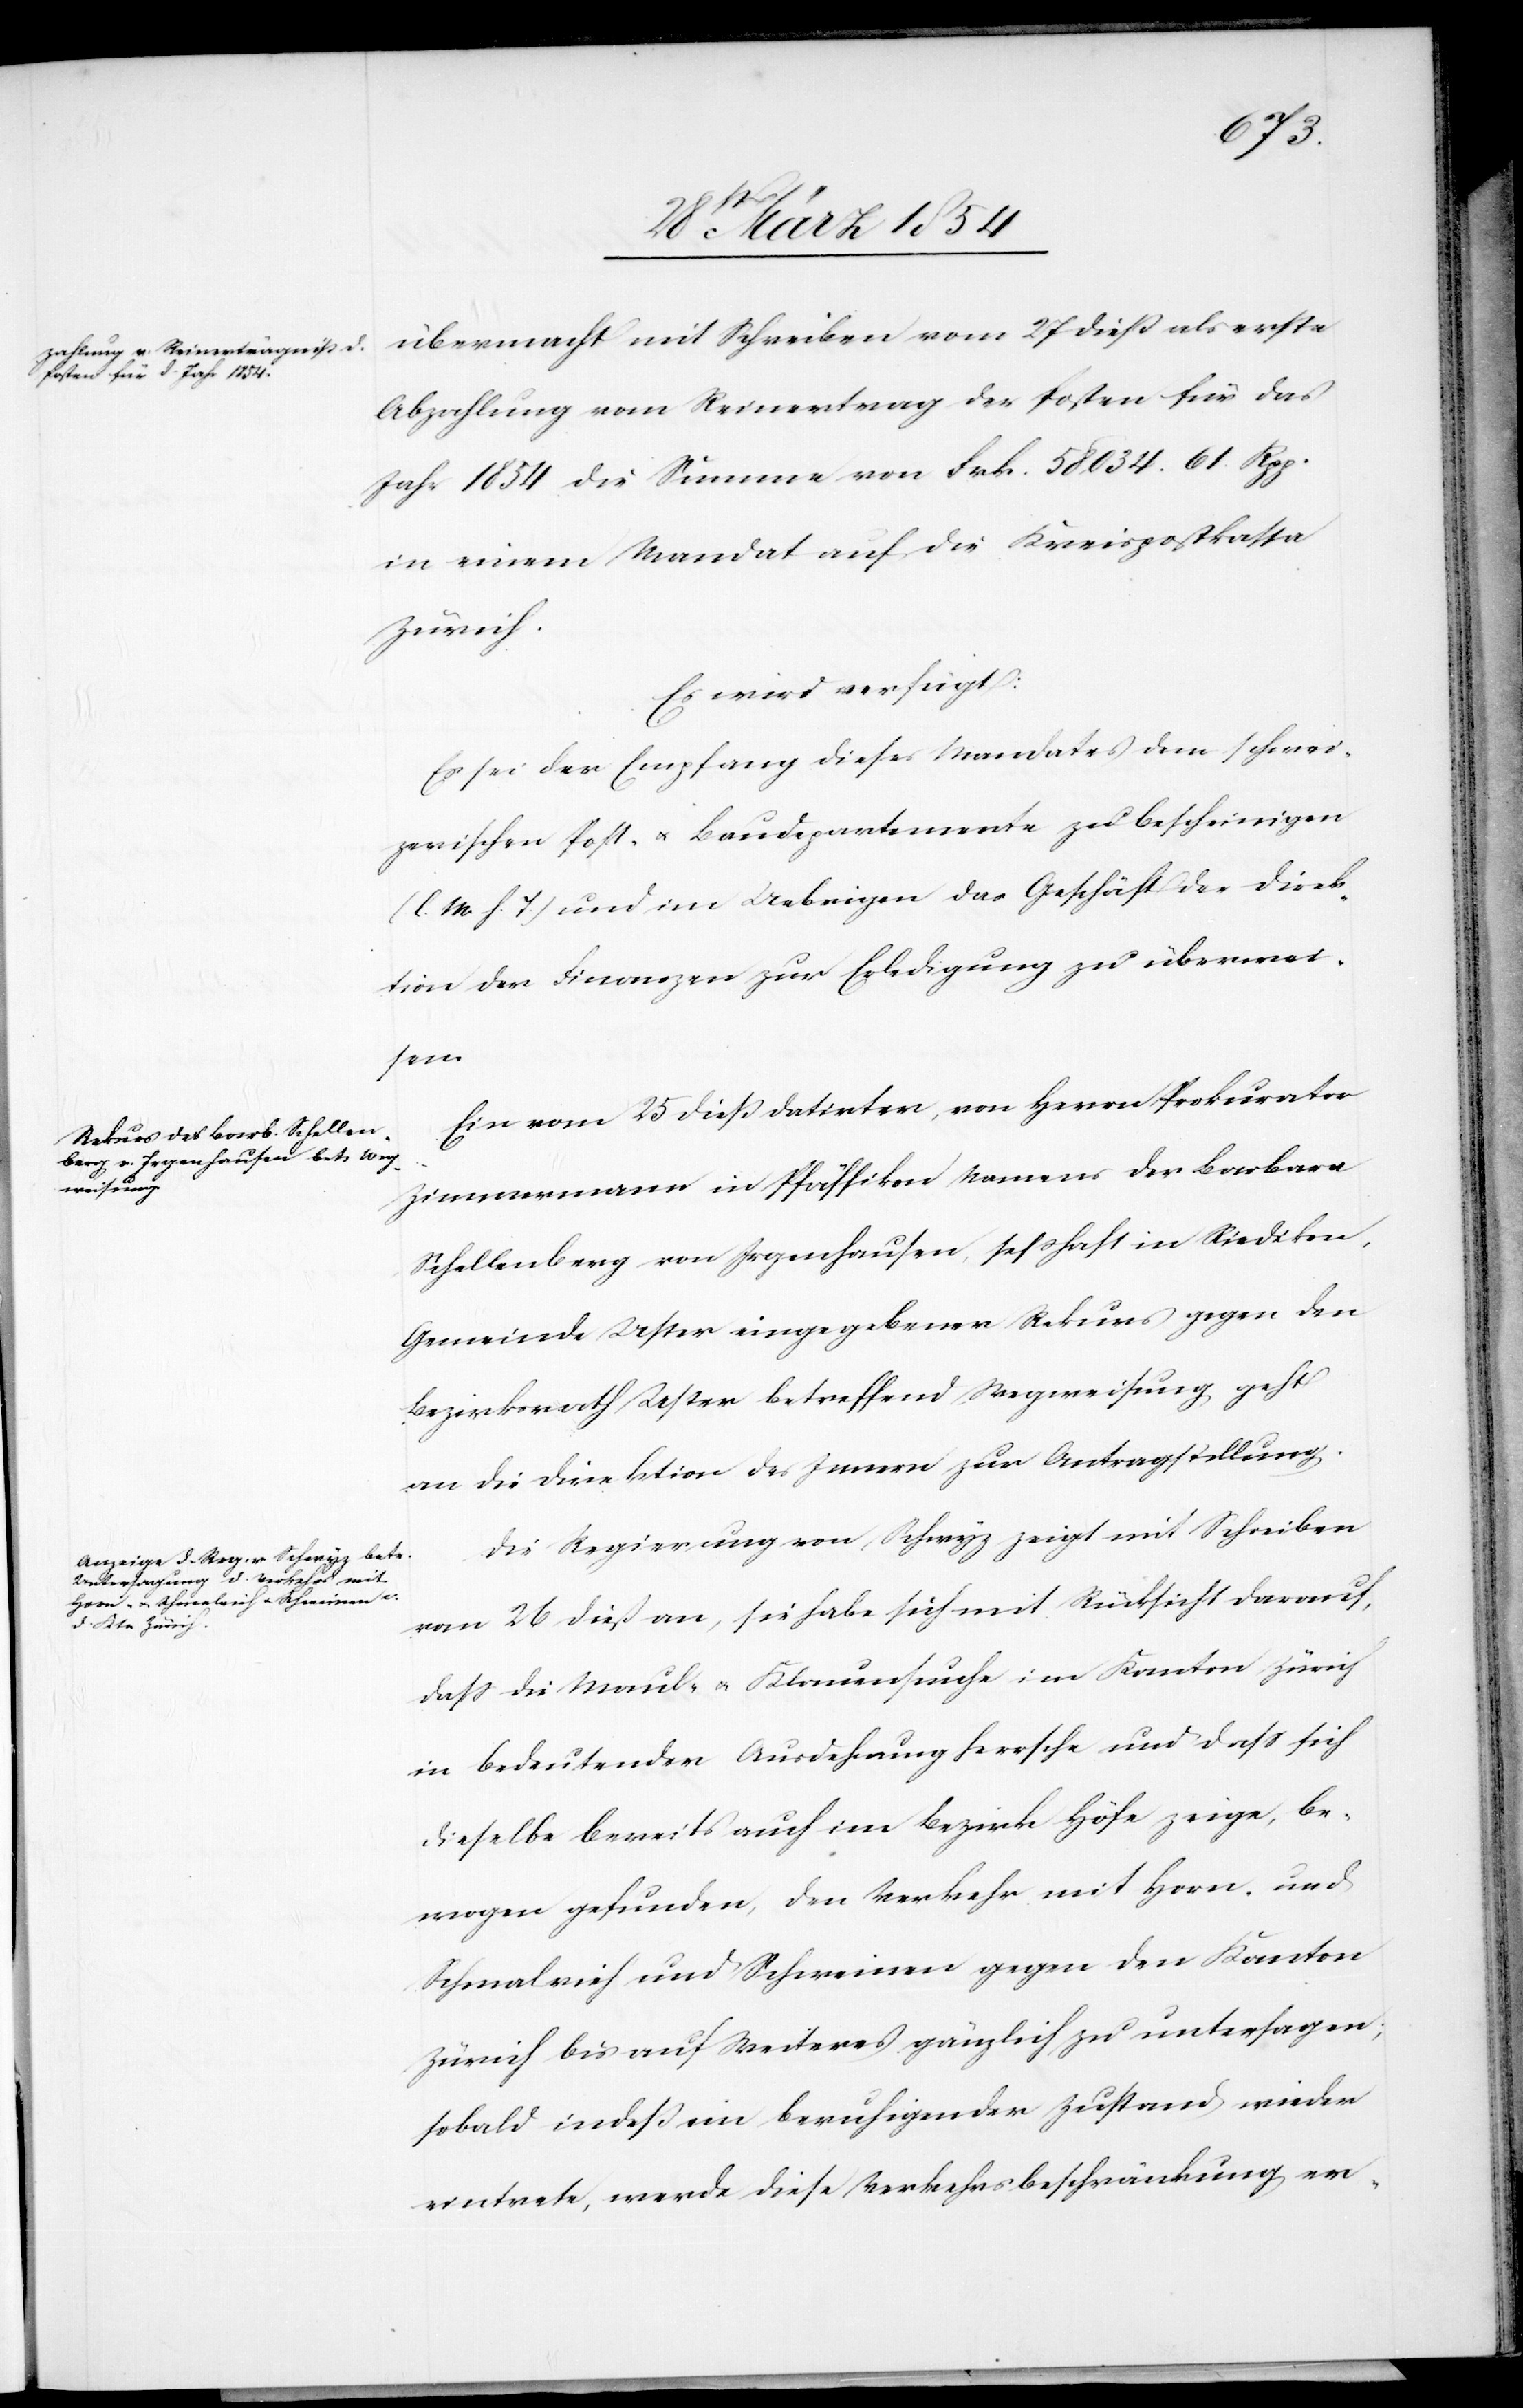
28st März 1854.]
Abzahlung vom Reinertrag der Posten für das
Jahr 1854 die Summe von Frk. 58,034.61 Rpp.
in einem Mandat auf die Kreispostkassa
Zürich.
Es wird verfügt:
Es sei der Empfang dieses Mandates dem schwei¬
zerischen Post- u. Baudepartemente zu bescheinigen
(l. M. h. T.) und im Uebrigen das Geschäft der Direk¬
tion der Finanzen zur Erledigung zu überwei¬
den
Ein vom 25 dieß datirter, von Herrn Prokurator
Zimmermann in Pfäffikon Namens der Barbara
als erste
Schellenberg von Irgenhausen, seßhaft in Riedikon,
Gemeinde Uster eingegebener Rekurs gegen den
Bezirksrath Uster betreffend Wegweisung geht
an die Direktion des Innern zur Antragstellung.
Die Regierung von Schwyz zeigt mit Schreiben
vom 26 dieß an, sie habe sich mit Rücksicht darauf,
daß die Maul- u. Klauenseuche im Kanton Zürich
in bedeutender Ausdehnung herrsche und daß sich
dieselbe bereits auch im Bezirk Höfe zeige, be¬
wogen gefunden, den Verkehr mit Horn und
Schmalvieh und Schweinen gegen den Kanton
Zürich bis auf Weiteres gänzlich zu untersagen;
sobald indeß ein beruhigender Zustand wieder
eintrete, werde diese Verkehrsbeschränkung er-